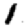
Digit: 1